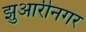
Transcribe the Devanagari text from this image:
झुआरीनगर